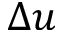
\Delta u